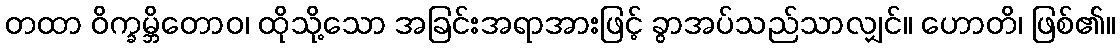
တထာ ဝိက္ခမ္ဘိတောဝ၊ ထိုသို့သော အခြင်းအရာအားဖြင့် ခွာအပ်သည်သာလျှင်။ ဟောတိ၊ ဖြစ်၏။